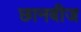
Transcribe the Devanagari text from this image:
छानबीज